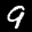
Label: 9